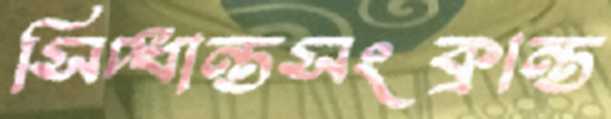
সিদ্ধান্তসংক্রান্ত